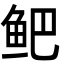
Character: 鲃